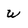
Character: w